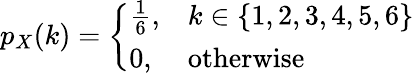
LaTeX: p_{X}(k)={\left\{ \begin{array}{ll}{{\frac{1}{6}},}&{k\in\{ 1,2,3,4,5,6\} }\\ {0,}&{{\mathrm{otherwise}}}\end{array}\right.}